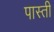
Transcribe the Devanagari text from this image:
पास्ती